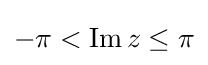
-\pi <\operatorname {Im} z\leq \pi